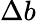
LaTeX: \Delta b